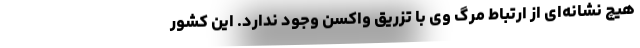
هیچ نشانه‌ای از ارتباط مرگ وی با تزریق واکسن وجود ندارد. این کشور